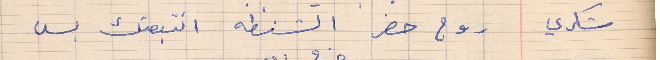
شكري       روح حضر الشنطه انتبعتك بس